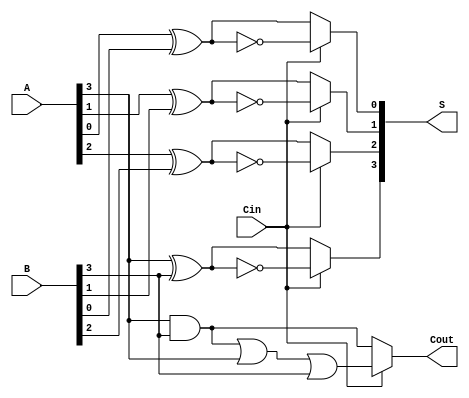
module conditional_sum_adder #(parameter n = 4) (
    input  [n-1:0] A,      // n-bit input A
    input  [n-1:0] B,      // n-bit input B
    input         Cin,      // Carry-in
    output [n-1:0] S,      // n-bit Sum output
    output        Cout      // Carry-out
);

// Intermediate signals for sum and carry assuming Cin = 0 and Cin = 1
wire [n-1:0] S0;         // Sum assuming Cin = 0
wire [n-1:0] S1;         // Sum assuming Cin = 1
wire [n-1:0] C0;         // Carry assuming Cin = 0
wire [n-1:0] C1;         // Carry assuming Cin = 1

genvar i;
generate
    for (i = 0; i < n; i = i + 1) begin: CSA_bit
        // Full adder logic for S0 and S1
        assign S0[i] = A[i] ^ B[i] ^ 1'b0; // Sum with Cin = 0
        assign S1[i] = A[i] ^ B[i] ^ 1'b1; // Sum with Cin = 1
        
        // Carry logic for both conditions
        assign C0[i] = (A[i] & B[i]) | (A[i] & 1'b0) | (B[i] & 1'b0); // Carry-out with Cin = 0
        assign C1[i] = (A[i] & B[i]) | (A[i] & 1'b1) | (B[i] & 1'b1); // Carry-out with Cin = 1
    end
endgenerate

// Mux for final sum output
generate
    for (i = 0; i < n; i = i + 1) begin: MUX_sum
        assign S[i] = Cin ? S1[i] : S0[i]; // Select sum based on Cin
    end
endgenerate

// Mux for final carry-out
assign Cout = Cin ? C1[n-1] : C0[n-1]; // Select carry-out based on Cin

endmodule